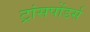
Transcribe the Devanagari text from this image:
ट्रांसपोंडर्स